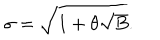
\sigma = \sqrt { 1 + \theta \sqrt { B } } .